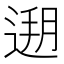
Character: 𰻄